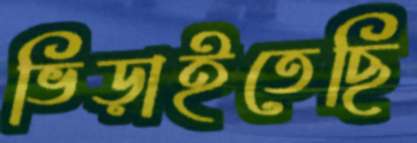
ভিড়াইতেছি